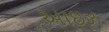
આઇઝ